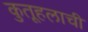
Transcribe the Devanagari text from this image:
कुतूहलाची